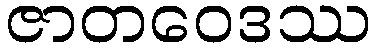
ဇာတဝေဒဿ